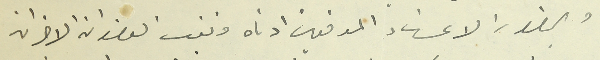
وبحضور الاعضاء الموقعين ادناه وتغيب العضوان الاخران